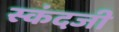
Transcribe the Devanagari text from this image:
स्कंदजी